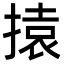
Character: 㨬